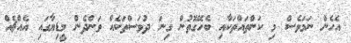
އެހެން ނަމަވެސް މި ކަންތައްތަކާއި ބެހޭގޮތުން ގިނަ ދުވަސްތަކެއް ވަންދެން މީޑިޔާގައި އެއްޗެއް